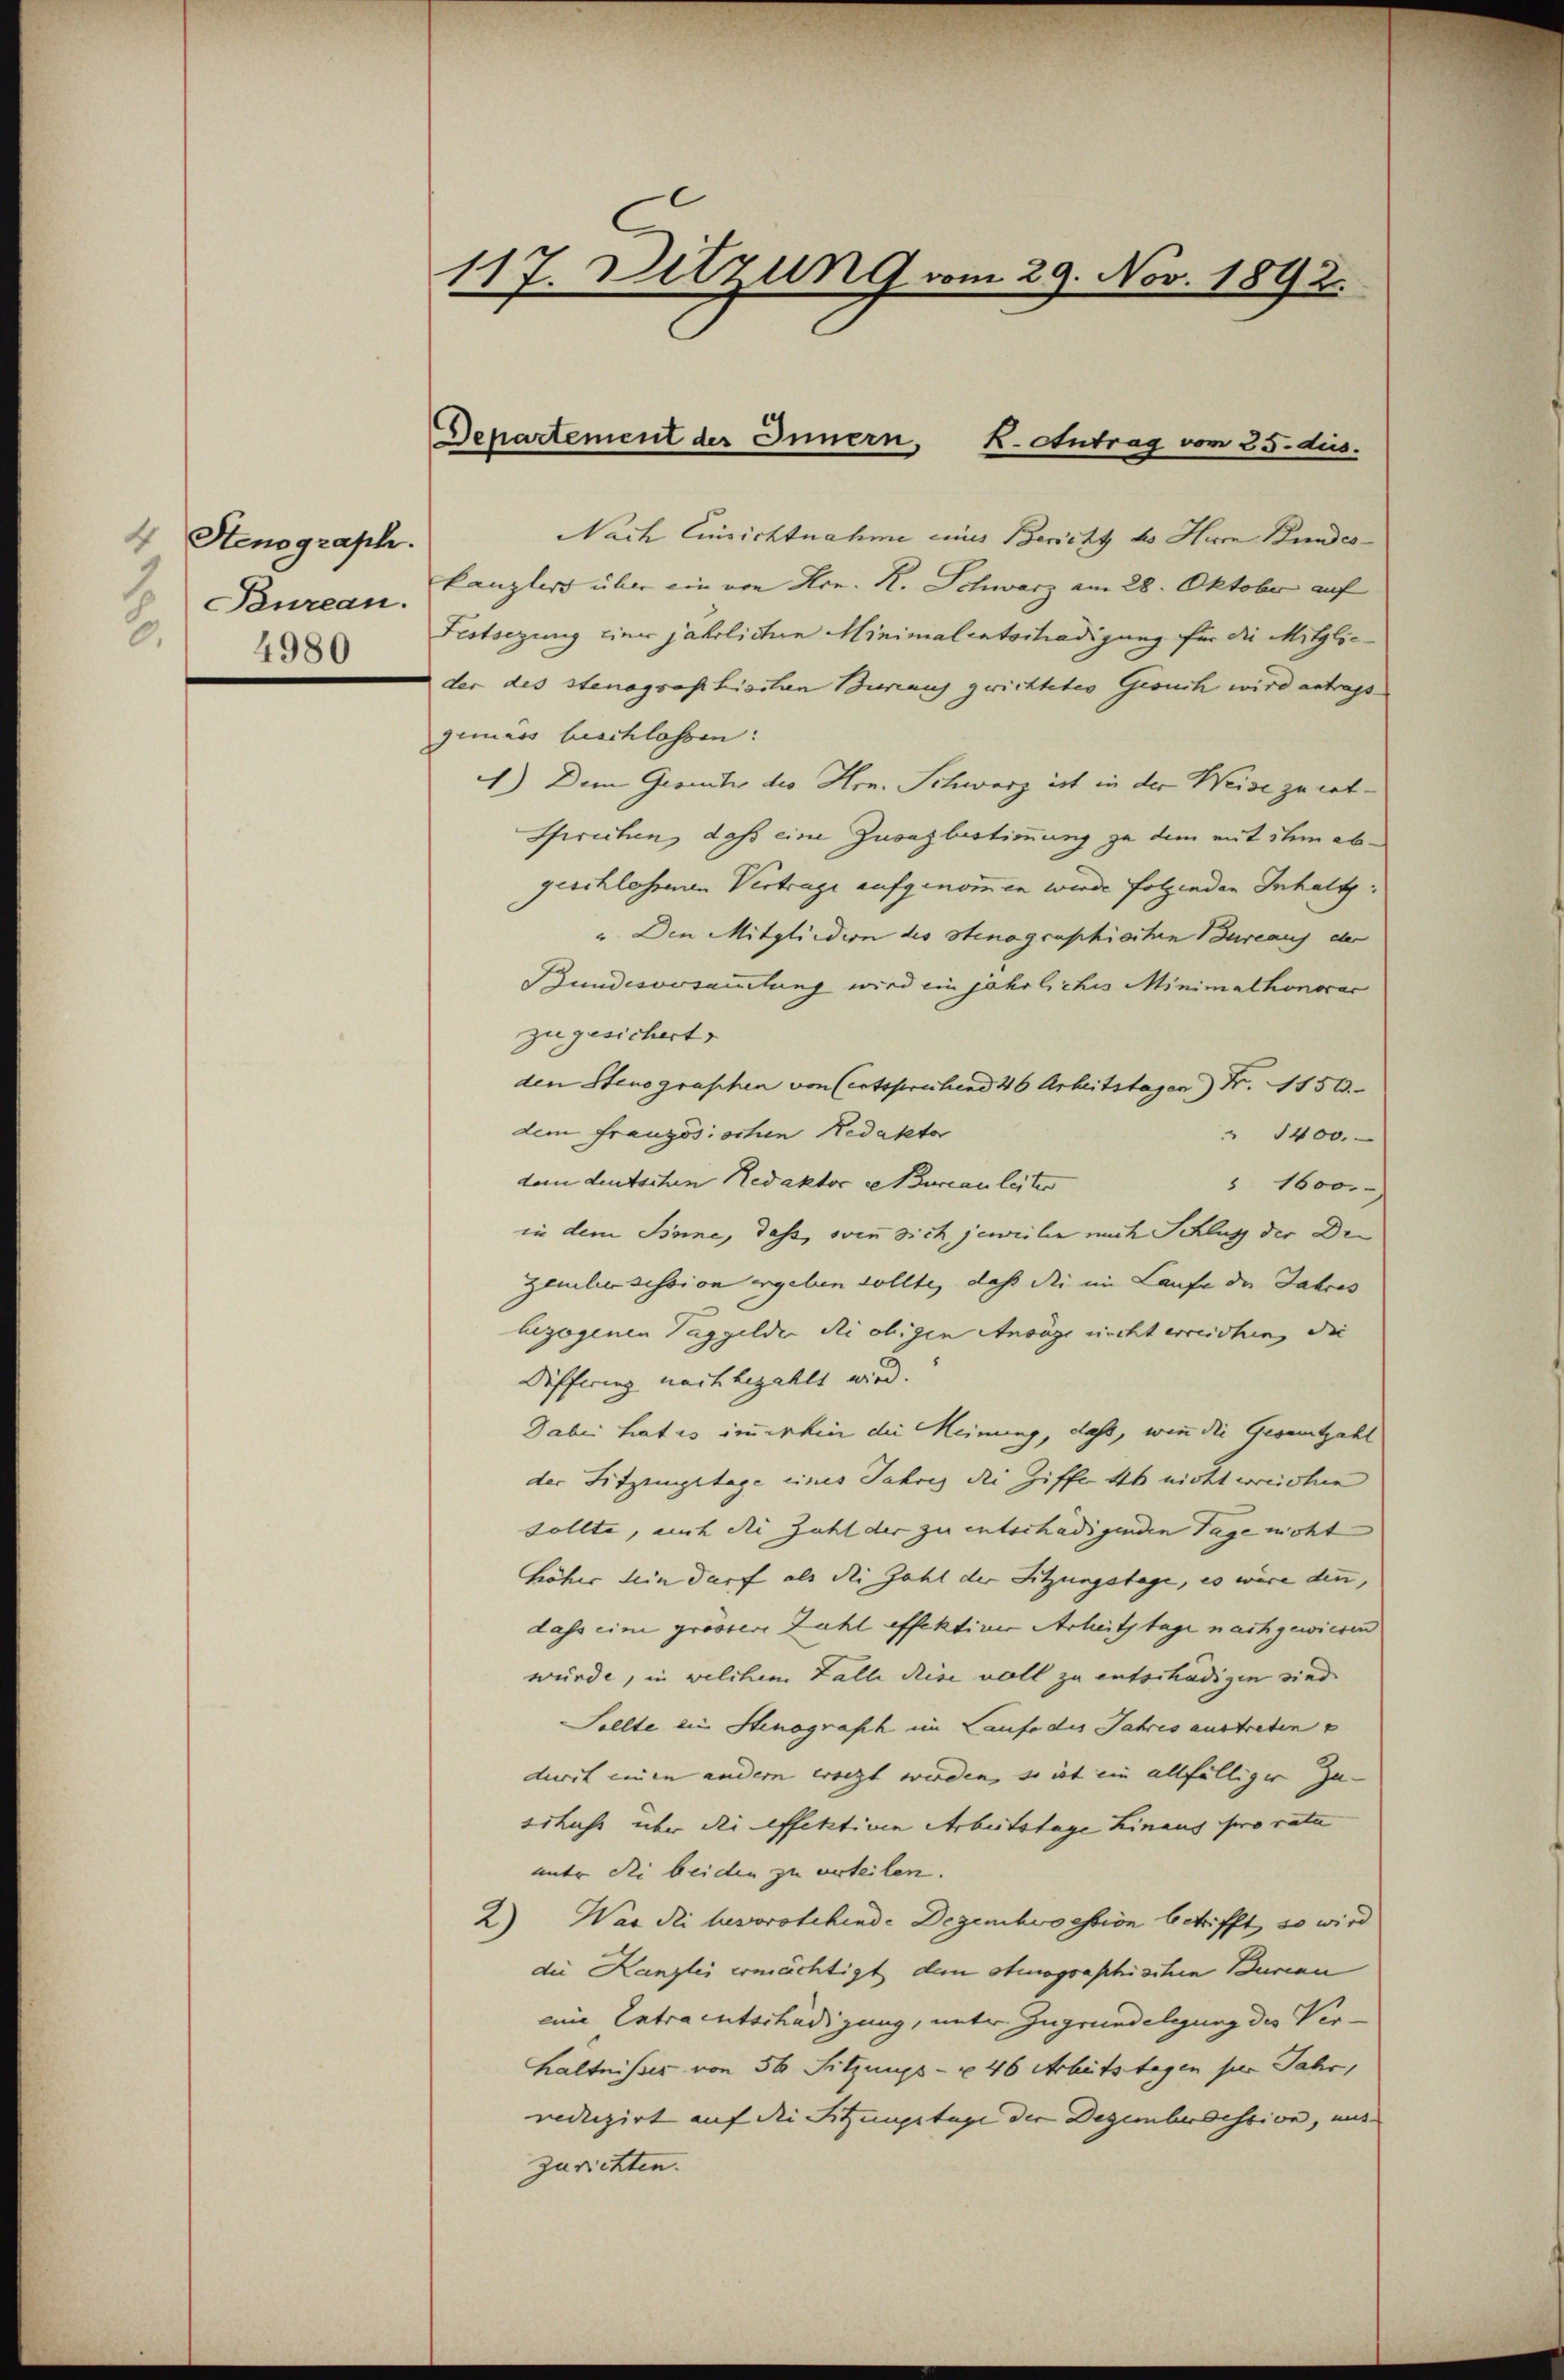
4 Stenograph.
Bureau.
b.
4980

117. Detzung vom 29. Nov. 1892.

Departement der Innern, K. Antrag vom 25. dus.

Nach Einsichtnahme eines Bericht so Hem Kindes-
kanzlers über ein von Hrn. R. Schwarz am 28. Oktober auf
Festsezung einer jahrlichen Minimalentschädigung für die Mitglie-
der des stenographischen Bureaus gerichtetes Gesuch wird antrags
gemäss beschlossen:
1.) Dem Gesetze des Hrn. Schwarz ist in der Weise zu ent¬
Spruchen, daß eine Zuvazbestimmung zu dem mit dem abgeschlossenen Vertrage aufgenomen wurde folgenden Inhalt:
" Den Mitgliedion des Stenographischen Bureaus der
Bundesversammlung wird ein jährliches Minimalhonorar
zugesichert.
den Stenographen von (entsprechend 46 Arbeitstagen) Fr. 1150.
dem Französischen Redaktor
" 1400.
dem deutschen Redaktor ze Bureauleiter
 1600.
in dem Sinne, daß, wenn sich jeweiler mich Schlug der Dr.
zeule session ergeben sollte, daß die im Laufe der Jahres
bezogenen Taggelder die obigen Ansage nicht erreichen, die
Differing nach bezahlt wird.
Dabei hat es immerhin die Meinung, daß, wenn die Gesamtzahl
der Sitzungstage eines Jahres die Ziffer 4 nicht weichen
sollte, auch die Zahl der zu entschädigenden Tage nicht
höher sein darf als die Zahl der Sitzungstage, es wäre denn,
dass eine grössere Zahl effektiver Arbeitstage nachgewiesen
würde, in welchem Falle diese voll zu entschädigen sind
Sollte ein Stenograsch im Laufe des Jahres austreten u
durch einen andern ersezt werden, so ist ein allfälliger Zu-
schuss über die effektiven Arbeitstage hinaus pro rata
unter die beiden zu urteilen.
2) War die bevorstehende Degenkroession betrifft, so wird
die Kanzlei ermächtigt dem Stenographischen Burcan
eine Entraentschädigung, unter Zugrundeligung des Verhältnisses von 50 Sitzungs- u 46 Arbeitstagen per Jahr,
reduzirt auf die Sitzungstage der Dezemberdestion, mit
zurichten.